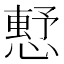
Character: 𢡴